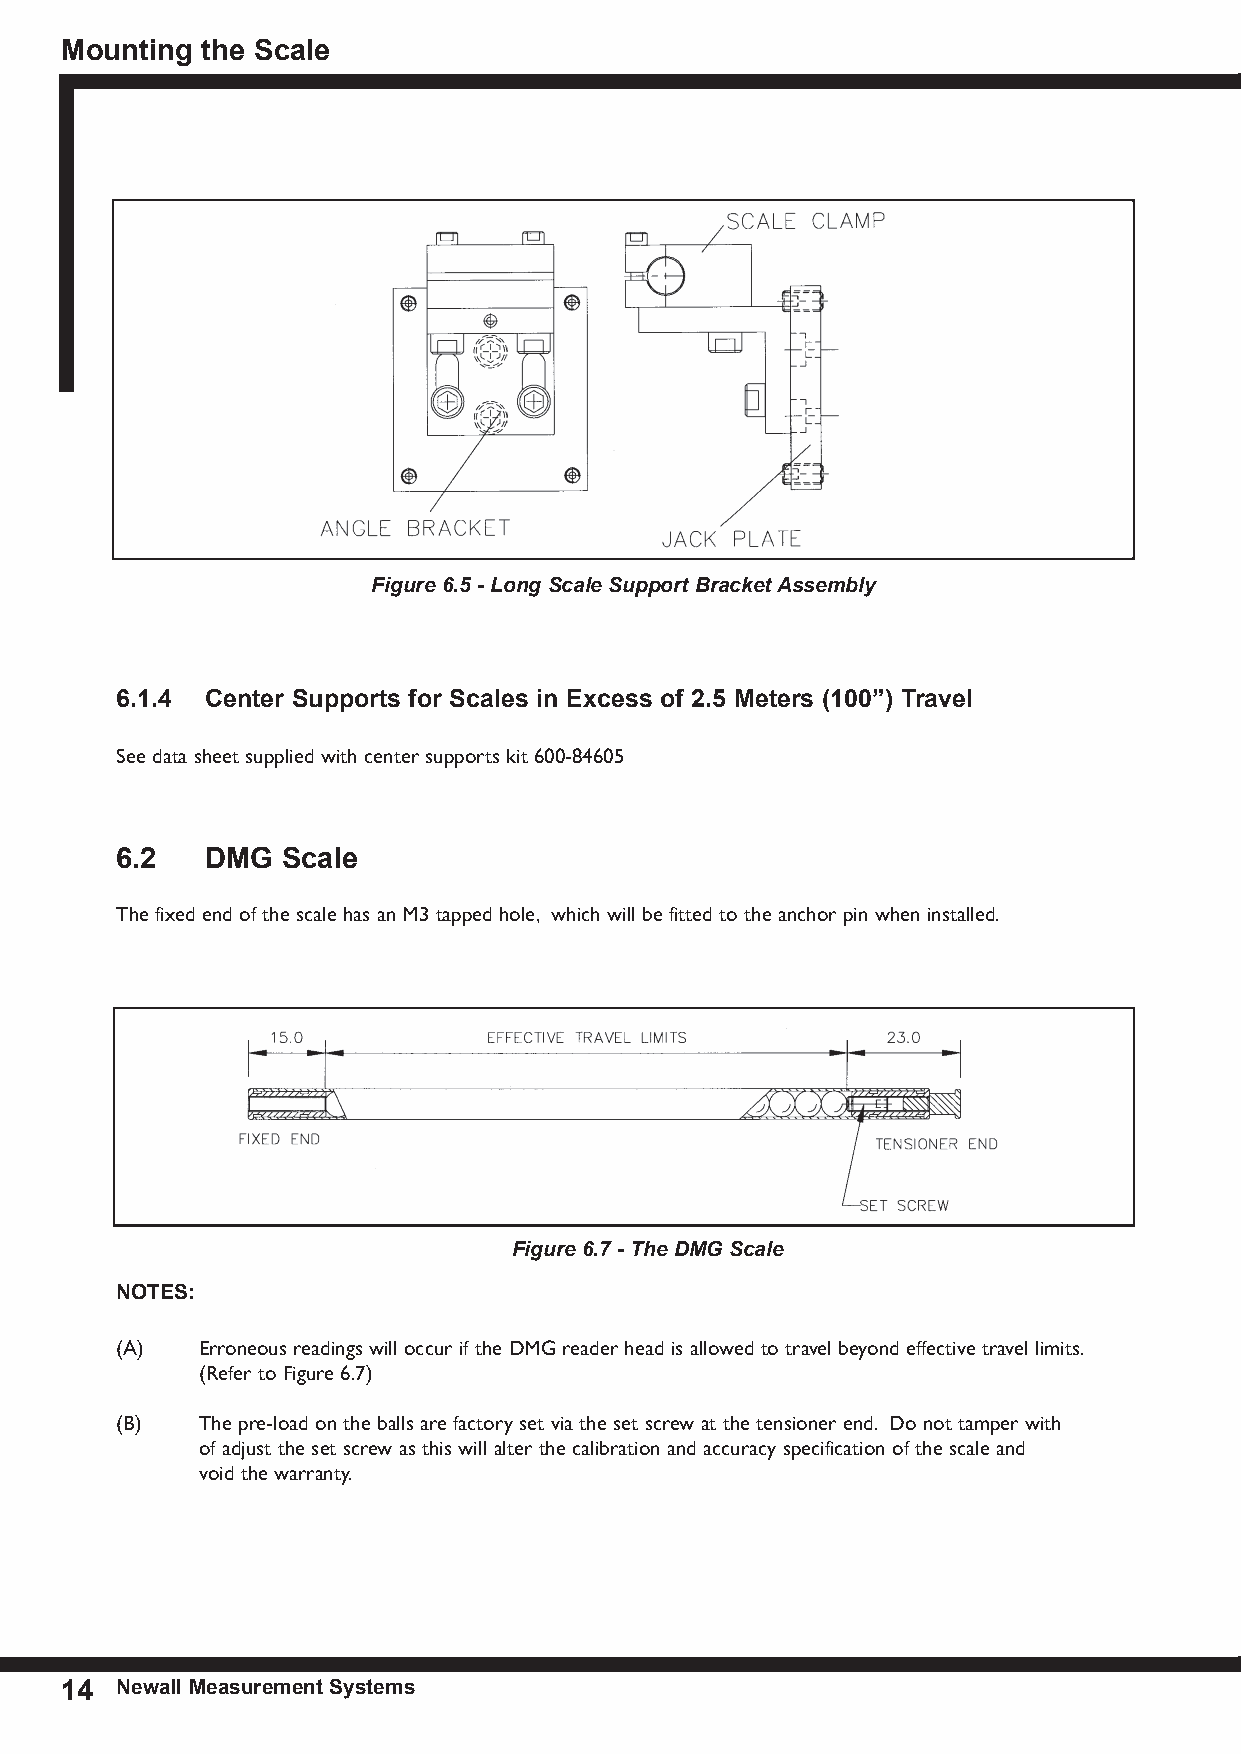
Mounting the scale
 Figure 6.5 - Long Scale Support Bracket Assembly
 6.1.4 Center supports for scales in excess of 2.5 Meters (100”) travel
 See data sheet supplied with center supports kit 600-84605
 6.2   DMG  scale
 The fixed end of the scale has an M3 tapped hole, which will be fitted to the anchor pin when installed.
 Figure 6.7 - The DMG Scale
 notes:
 (A)  Erroneous readings will occur if the DMG reader head is allowed to travel beyond effective travel limits.
 (Refer to Figure 6.7)
 (B)  The pre-load on the balls are factory set via the set screw at the tensioner end. Do not tamper with
 of adjust the set screw as this will alter the calibration and accuracy specification of the scale and
 void the warranty.
 14  nneewwaallll MMeeaassuurreemmeenntt ssyysstteemmss